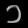
Digit: ၁